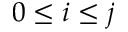
0 \leq i \leq j